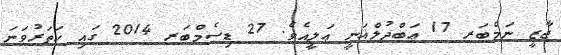
ޖާޒީ ނަމްބަރ 17 ޢަބްދުލްޣަނީ ޢަލީއެވެ. 27 ޑިސެމްބަރ 2014 ގައި ހަތަރުވަނަ